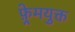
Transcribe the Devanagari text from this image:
फ़्रेमयुक्त